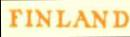
FINLAND